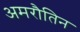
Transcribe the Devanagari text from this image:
अमरौतिन